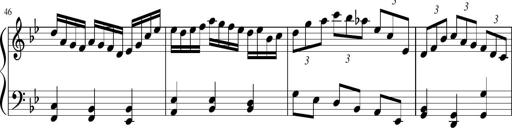
Title: Sonatina in F major
Composer: Ethan Ngo
Key: F major